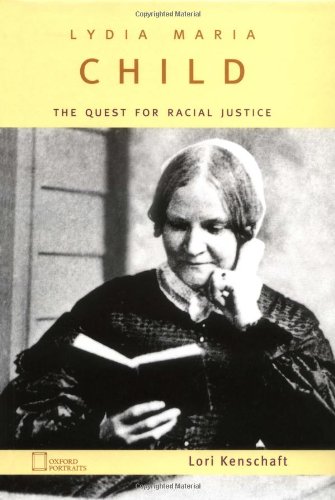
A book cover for Lydia Maria Child: The Quest for Racial Justice (Oxford Portraits); Lori Kenschaft; Teen & Young Adult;